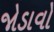
જોડાવો